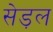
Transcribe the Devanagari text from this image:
सेड़ल